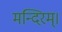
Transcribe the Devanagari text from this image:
मन्दिरम्।